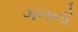
ગનનો